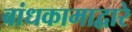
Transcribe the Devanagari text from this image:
बांधकामाद्वारे